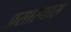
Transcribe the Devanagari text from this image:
प्रसारणास